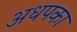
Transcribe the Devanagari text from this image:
अधपका